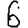
Digit: 6